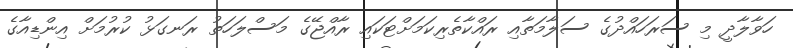
ހަވާލާދީ މި ސަރަހައްދުގެ ސަލާމަތާއި ރައްކާތެރިކަމަށްޓަކައި ރާއްޖޭގެ މަސްލަހަތު ރަނގަޅު ކުރުމަށް އިންޑިއާގެ